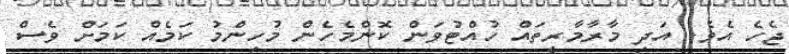
ޖެހެ އެވެ. އަދި މާރާމާރީތައް ހުއްޓުވަން ކޮންމެހެން މުހިންމު ކަމެއް ކަމަށް ވެސް